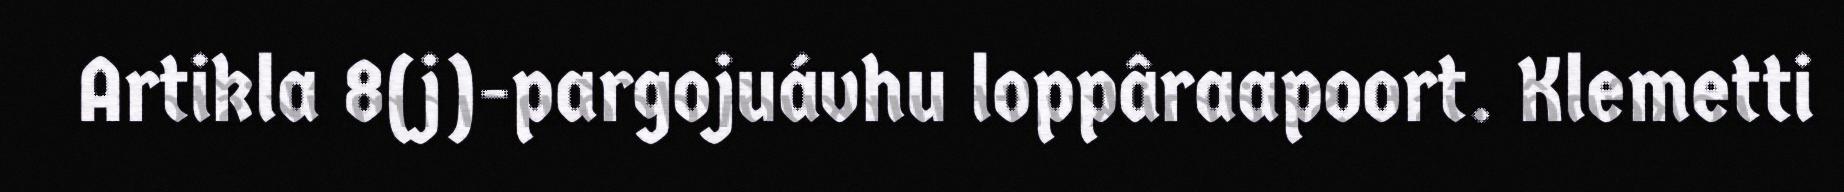
Artikla 8(j)-pargojuávhu loppâraapoort. Klemetti